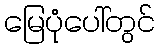
မြေပုံပေါ်တွင်